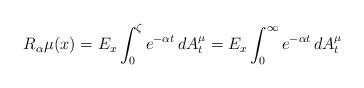
LaTeX: \begin{align*} R_{\alpha}\mu(x)=E_x\int^{\zeta}_0e^{-\alpha t}\,dA^{\mu}_t=E_x\int^{\infty}_0e^{-\alpha t}\,d A^{\mu}_t\end{align*}